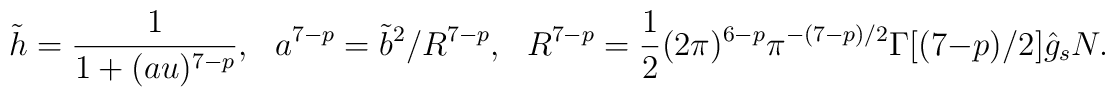
\tilde{h} = \frac{1} {1+(au)^{7-p}}, \ \ \ a^{7-p} = \tilde{b}^2/R^{7-p},\ \ \ R^{7-p} = \frac{1}{2}(2\pi)^{6-p}\pi^{-(7-p)/2}\Gamma[(7-p)/2] \hat{g}_s N.